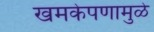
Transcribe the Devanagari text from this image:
खमकेपणामुळे